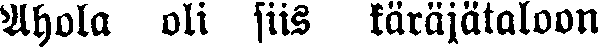
Ahola oli siis käräjätaloon